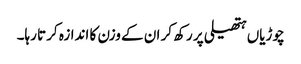
چوڑیاں ہتھیلی پر رکھ کر ان کے وزن کا اندازہ کرتا رہا۔